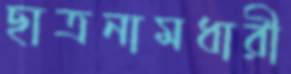
ছাত্রনামধারী